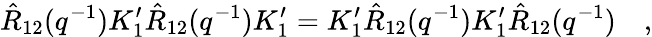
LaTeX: \hat{R}_{12}(q^{-1})K_{1}^{\prime}\hat{R}_{12}(q^{-1})K_{1}^{\prime}=K_{1}^{\prime}\hat{R}_{12}(q^{-1})K_{1}^{\prime}\hat{R}_{12}(q^{-1})\quad,